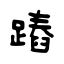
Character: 蹖